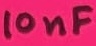
Text: 10nF